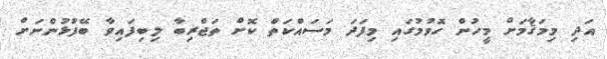
އަދި މިމަޤާމަށް މީހުން ހޮވުމުގައި މިފަދަ މަސައްކަތް ކޮށް ތަޖްރިބާ ލިބިފައިވާ ބޭފުޅުންނަށް